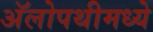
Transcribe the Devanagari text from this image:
अॅलोपथीमध्ये